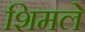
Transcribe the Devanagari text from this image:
शिमले